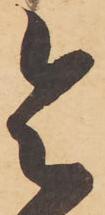
令